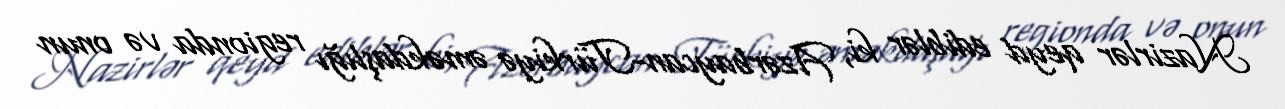
Nazirlər qeyd ediblər ki, Azərbaycan-Türkiyə əməkdaşlığı regionda və onun